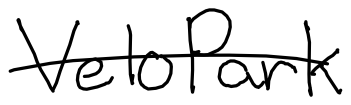
Text: VeloPark
Cross-out: single-line
Writing tool: digital_black